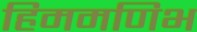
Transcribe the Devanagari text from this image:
हिममणिभ